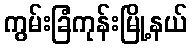
ကွမ်းခြံကုန်းမြို့နယ်